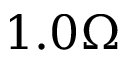
1 . 0 \Omega